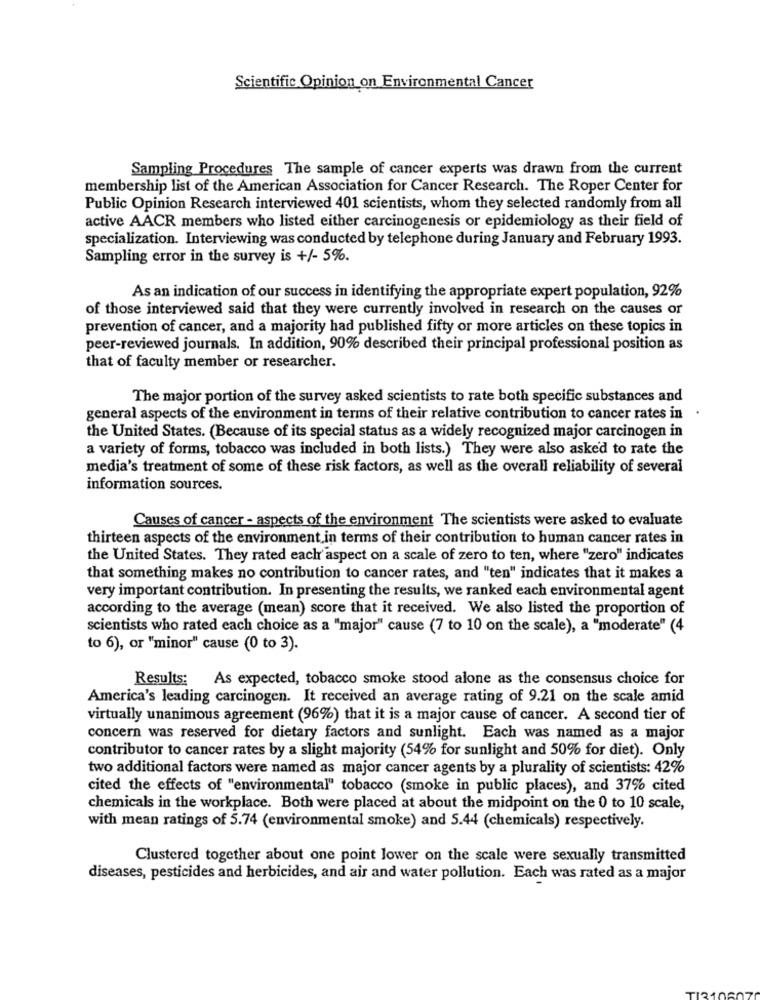
Scientific Opinion on Environmental Cancer
Sampling Procedures The sample of cancer experts was drawn from the current
membership list of the American Association for Cancer Research. The Roper Center for
Public Opinion Research interviewed 401 scientists, whom they selected randomly from all
active AACR members who listed either carcinogenesis or epidemiology as their field of
specialization. Interviewing was conducted by telephone during January and February 1993.
Sampling error in the survey is +/- 5%.
As an indication of our success in identifying the appropriate expert population, 92%
of those interviewed said that they were currently involved in research on the causes or
prevention of cancer, and a majority had published fifty or more articles on these topics in
peer-reviewed journals. In addition, 90% described their principal professional position as
that of faculty member or researcher.
The major portion of the survey asked scientists to rate both specific substances and
.
general aspects of the environment in terms of their relative contribution to cancer rates in
the United States. (Because of its special status as a widely recognized major carcinogen in
a variety of forms, tobacco was included in both lists.) They were also asked to rate the
media's treatment of some of these risk factors, as well as the overall reliability of several
information sources.
Causes of cancer - aspects of the environment The scientists were asked to evaluate
thirteen aspects of the environment in terms of their contribution to human cancer rates in
the United States. They rated each aspect on a scale of zero to ten, where "zero" indicates
that something makes no contribution to cancer rates, and "ten" indicates that it makes a
very important contribution. In presenting the results, we ranked each environmental agent
according to the average (mean) score that it received. We also listed the proportion of
scientists who rated each choice as a "major" cause (7 to 10 on the scale), a "moderate" (4
to 6), or "minor" cause (0 to 3).
Results: As expected, tobacco smoke stood alone as the consensus choice for
America's leading carcinogen. It received an average rating of 9.21 on the scale amid
virtually unanimous agreement (96%) that it is a major cause of cancer. A second tier of
concern was reserved for dietary factors and sunlight. Each was named as a major
contributor to cancer rates by a slight majority (54% for sunlight and 50% for diet). Only
two additional factors were named as major cancer agents by a plurality of scientists: 42%
cited the effects of "environmental" tobacco (smoke in public places), and 37% cited
chemicals in the workplace. Both were placed at about the midpoint on the 0 to 10 scale,
with mean ratings of 5.74 (environmental smoke) and 5.44 (chemicals) respectively.
Clustered together about one point lower on the scale were sexually transmitted
diseases, pesticides and herbicides, and air and water pollution. Each was rated as a major